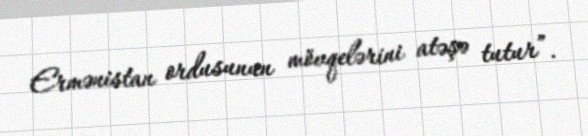
Ermənistan ordusunun mövqelərini atəşə tutur”.